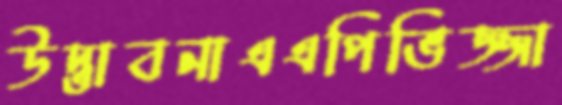
উদ্ভাবনাএএপিভিজ্জা